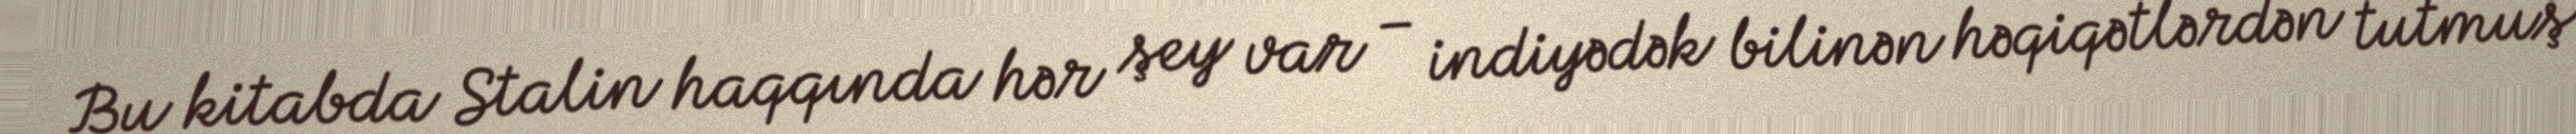
Bu kitabda Stalin haqqında hər şey var – indiyədək bilinən həqiqətlərdən tutmuş